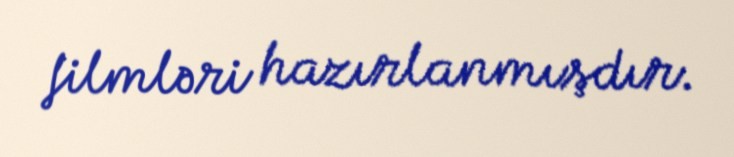
filmləri hazırlanmışdır.